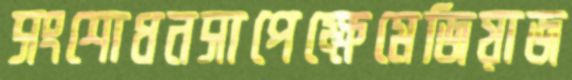
সংশোধনসাপেক্ষেমেজিয়াজ